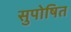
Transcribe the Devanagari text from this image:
सुपोषित